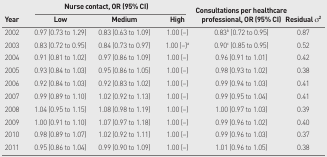
<table><thead><tr><td rowspan="3"><b>Year</b></td><td colspan="3"><b>Nurse contact, OR (95% CI)</b></td><td rowspan="3"><b>Consultations per healthcare professional, OR (95% CI)</b></td><td rowspan="3"><b>Residual σ<sup>2</sup></b></td></tr><tr><td><b>Low</b></td><td><b>Medium</b></td><td><b>High</b></td></tr></thead><tbody><tr><td>2002</td><td>0.97 (0.73 to 1.29)</td><td>0.83 (0.63 to 1.09)</td><td>1.00 (−)</td><td>0.83<sup>b</sup> (0.72 to 0.95)</td><td>0.87</td></tr><tr><td>2003</td><td>0.83 (0.72 to 0.95)</td><td>0.84 (0.73 to 0.97)</td><td>1.00 (−)<sup>a</sup></td><td>0.90<sup>c</sup> (0.85 to 0.95)</td><td>0.52</td></tr><tr><td>2004</td><td>0.91 (0.81 to 1.02)</td><td>0.97 (0.86 to 1.09)</td><td>1.00 (−)</td><td>0.96 (0.91 to 1.01)</td><td>0.42</td></tr><tr><td>2005</td><td>0.93 (0.84 to 1.03)</td><td>0.95 (0.86 to 1.05)</td><td>1.00 (−)</td><td>0.98 (0.93 to 1.02)</td><td>0.38</td></tr><tr><td>2006</td><td>0.92 (0.84 to 1.03)</td><td>0.92 (0.83 to 1.02)</td><td>1.00 (−)</td><td>0.99 (0.94 to 1.03)</td><td>0.41</td></tr><tr><td>2007</td><td>0.99 (0.89 to 1.10)</td><td>1.02 (0.92 to 1.13)</td><td>1.00 (−)</td><td>0.99 (0.95 to 1.04)</td><td>0.41</td></tr><tr><td>2008</td><td>1.04 (0.95 to 1.15)</td><td>1.08 (0.98 to 1.19)</td><td>1.00 (−)</td><td>1.00 (0.97 to 1.03)</td><td>0.39</td></tr><tr><td>2009</td><td>1.00 (0.91 to 1.10)</td><td>1.07 (0.97 to 1.18)</td><td>1.00 (−)</td><td>0.99 (0.96 to 1.02)</td><td>0.40</td></tr><tr><td>2010</td><td>0.98 (0.89 to 1.07)</td><td>1.02 (0.92 to 1.11)</td><td>1.00 (−)</td><td>0.99 (0.96 to 1.03)</td><td>0.37</td></tr><tr><td>2011</td><td>0.95 (0.86 to 1.04)</td><td>0.99 (0.90 to 1.09)</td><td>1.00 (−)</td><td>1.01 (0.96 to 1.05)</td><td>0.38</td></tr></tbody></table>